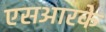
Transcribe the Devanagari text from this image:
एसआरके